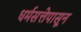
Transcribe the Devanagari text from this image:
धर्मसत्तेपासून